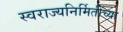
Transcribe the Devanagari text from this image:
स्वराज्यनिर्मितीच्या